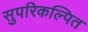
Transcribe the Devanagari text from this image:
सुपरिकल्पित